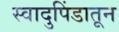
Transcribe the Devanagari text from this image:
स्वादुपिंडातून